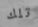
تلك